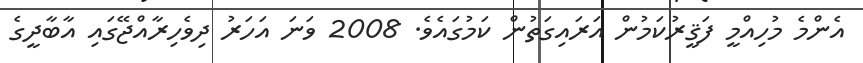
އެންމެ މުހިއްމީ ފަޤީރުކަމުން އަރައިގަތުން ކަމުގައެވެ. 2008 ވަނަ އަހަރު ދިވެހިރާއްޖޭގައި އާބާދީގެ